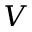
V